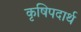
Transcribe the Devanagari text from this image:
कृषिपदार्थ